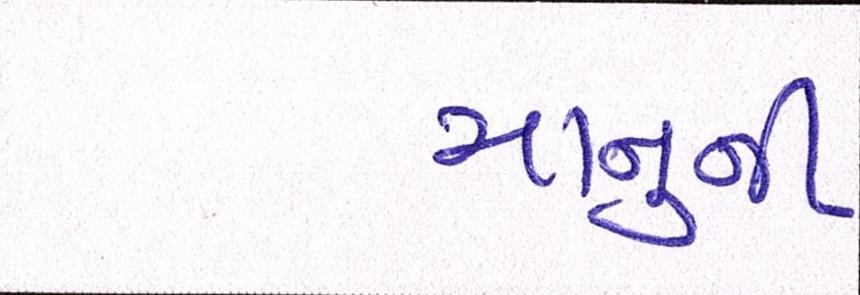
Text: માનુની